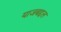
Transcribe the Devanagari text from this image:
याजबद्दल